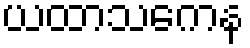
ယထာသကေန